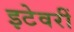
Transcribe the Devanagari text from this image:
इटेवरीं